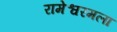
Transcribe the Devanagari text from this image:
रामेश्वरमला